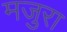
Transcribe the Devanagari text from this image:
मजुरा